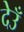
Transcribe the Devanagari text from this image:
देउँ